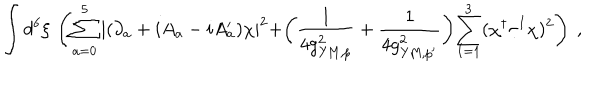
LaTeX: \int d ^ { 6 } \xi \, \left( \sum _ { a = 0 } ^ { 5 } \left| ( \partial _ { a } + i A _ { a } - i A _ { a } ^ { \prime } ) \chi \right| ^ { 2 } + \biggr ( \frac { 1 } { 4 g _ { \mathrm { Y M } , p } ^ { 2 } } + \frac { 1 } { 4 g _ { \mathrm { Y M } , p ^ { \prime } } ^ { 2 } } \biggl ) \sum _ { I = 1 } ^ { 3 } ( \chi ^ { \dagger } \tau ^ { I } \chi ) ^ { 2 } \right) \ ,